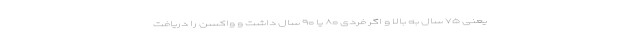
یعنی ۷۵ سال به بالا و اگر فردی ۸۰ یا ۹۰ سال داشت و واکسن را دریافت